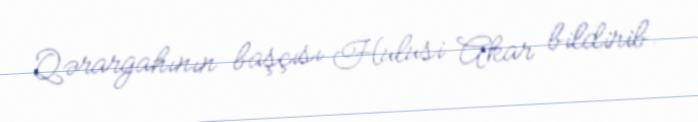
Qərargahının başçısı Hulusi Akar bildirib.